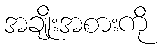
အချိုးအစားကို